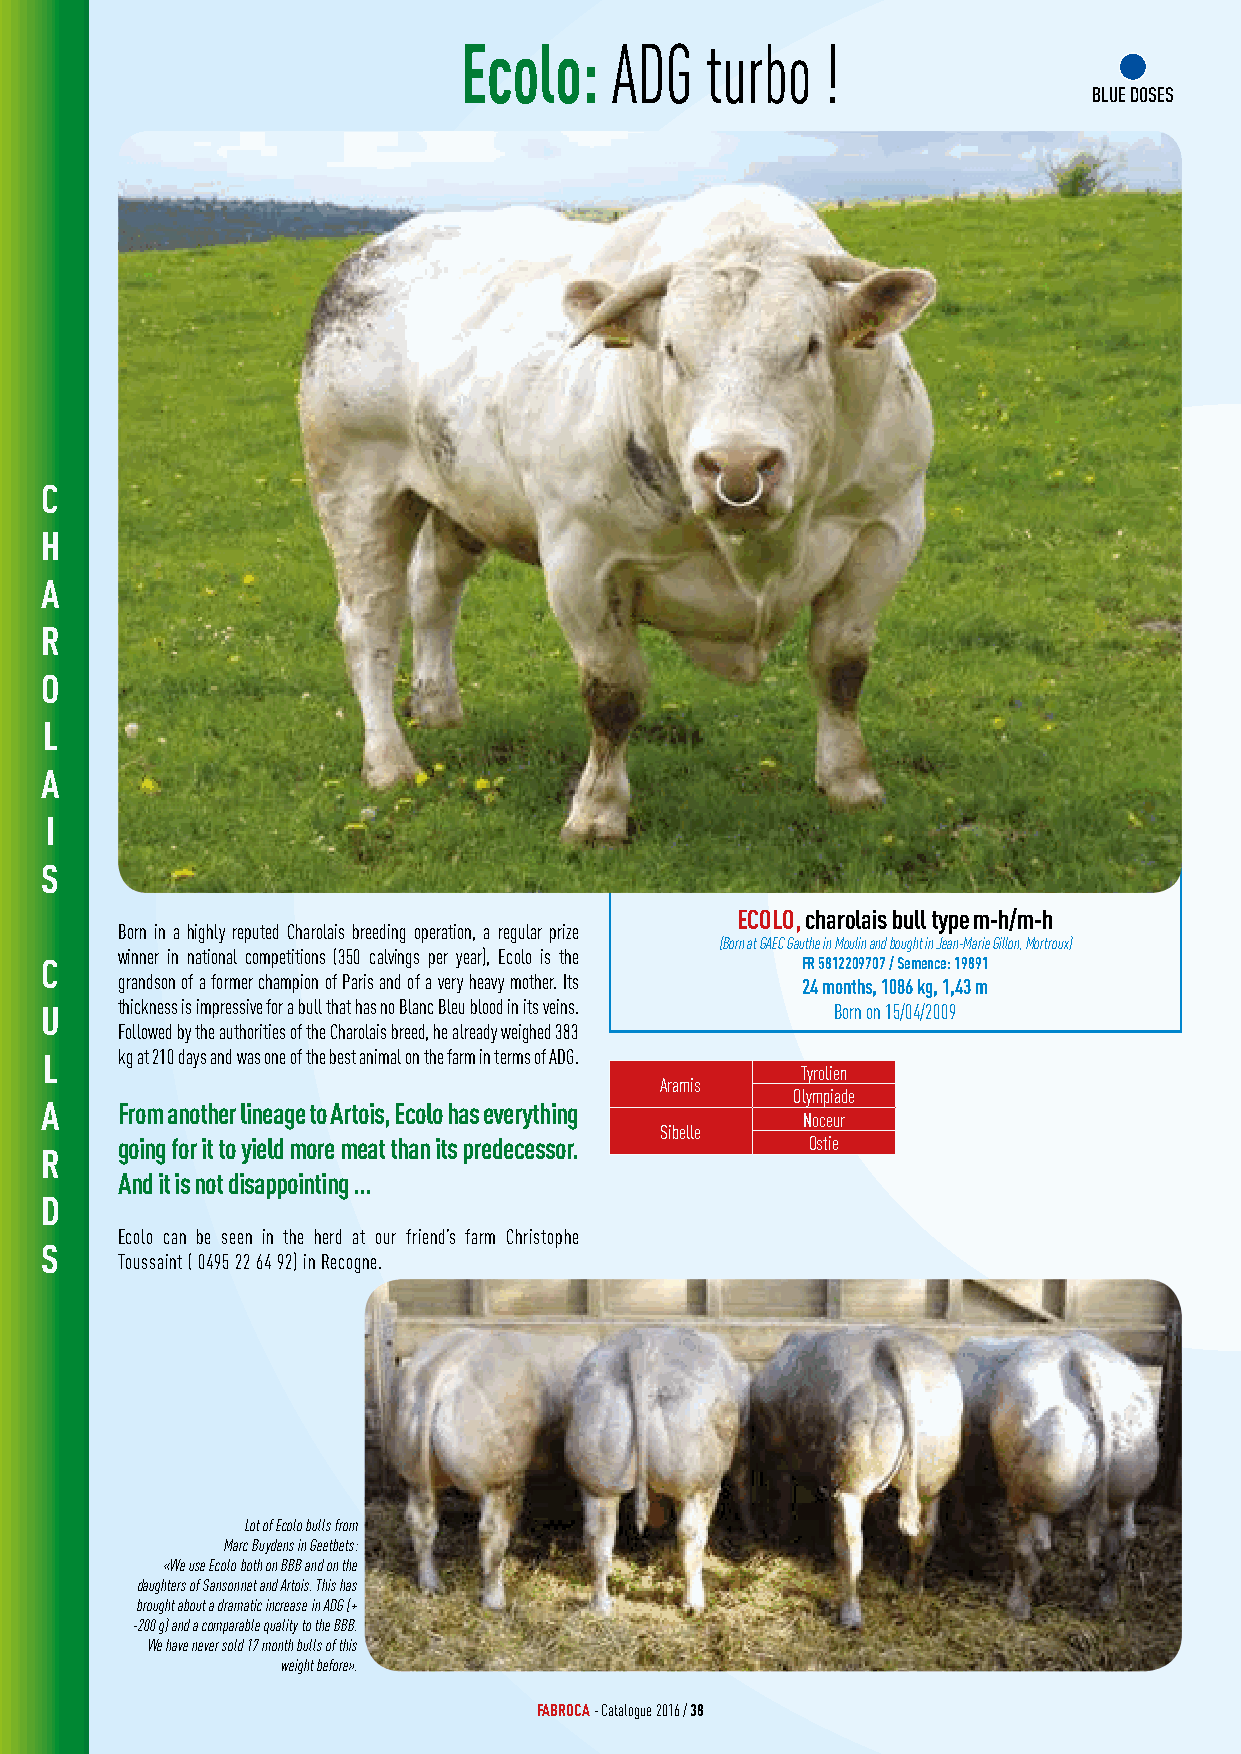
Ecolo:    ADG    turbo   !
 BLUE DOSES
 C
 H
 A
 R
 O
 L
 A
 I
 S
 ECOLO, charolais bull type m-h/m-h
 Born in a highly reputed Charolais breeding operation, a regular prize
 (Born at GAEC Gauthe in Moulin and bought in Jean-Marie Gillon, Mortroux)
 winner in national competitions (350 calvings per year), Ecolo is the
 C                                                 FR 5812209707 / Semence: 19891
 grandson of a former champion of Paris and of a very heavy mother. Its 24 months, 1086 kg, 1,43 m
 U    thickness is impressive for a bull that has no Blanc Bleu blood in its veins. Born on 15/04/2009
 Followed by the authorities of the Charolais breed, he already weighed 383
 L    kg at 210 days and was one of the best animal on the farm in terms of ADG.
 Tyrolien
 Aramis
 Olympiade
 A    From another lineage to Artois, Ecolo has everything
 Noceur
 Sibelle
 going for it to yield more meat than its predecessor. Ostie
 R
 And it is not disappointing ...
 D
 Ecolo can be seen in the herd at our friend’s farm Christophe
 S
 Toussaint ( 0495 22 64 92) in Recogne.
 Lot of Ecolo bulls from
 Marc Buydens in Geetbets:
 «We use Ecolo both on BBB and on the
 daughters of Sansonnet and Artois. This has
 brought about a dramatic increase in ADG (+
 -200 g) and a comparable quality to the BBB.
 We have never sold 17 month bulls of this
 weight before».
 FABROCA - Catalogue 2016 / 38